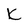
Character: K